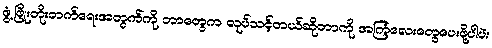
ဖွံ့ဖြိုးတိုးတက်ရေးအတွက်ကို ဘာတွေက လုပ်သင့်တယ်ဆိုတာကို အကြံလေးတွေပေးဖို့ပါပဲ။